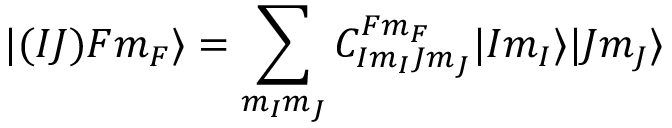
| ( I J ) F m _ { F } \rangle = \sum _ { m _ { I } m _ { J } } C _ { I m _ { I } J m _ { J } } ^ { F m _ { F } } | I m _ { I } \rangle | J m _ { J } \rangle